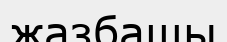
жазбашы